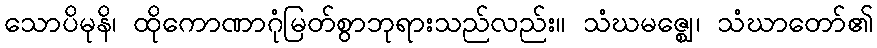
သောပိမုနိ၊ ထိုကောဏာဂုံမြတ်စွာဘုရားသည်လည်း။ သံဃမဇ္ဈေ၊ သံဃာတော်၏